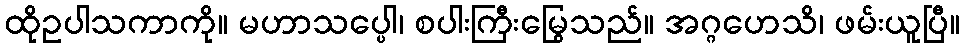
ထိုဥပါသကာကို။ မဟာသပ္ပေါ၊ စပါးကြီးမြွေသည်။ အဂ္ဂဟေသိ၊ ဖမ်းယူပြီ။